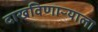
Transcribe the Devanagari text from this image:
दाखविणाऱ्याला